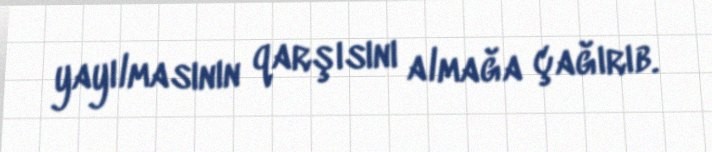
yayılmasının qarşısını almağa çağırıb.